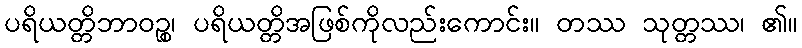
ပရိယတ္တိဘာဝဉ္စ၊ ပရိယတ္တိအဖြစ်ကိုလည်းကောင်း။ တဿ သုတ္တဿ၊ ၏။